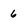
Character: 6